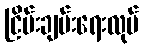
ငြိမ်းချမ်းရေးလုပ်